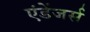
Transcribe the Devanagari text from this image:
एंडेंजर्स